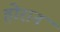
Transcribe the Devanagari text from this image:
होरान